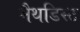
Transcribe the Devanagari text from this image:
मैथडिस्ट